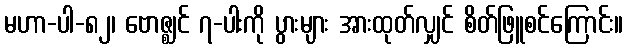
မဟာ-ပါ-၈၂၊ ဗောဇ္ဈင် ၇-ပါးကို ပွားများ အားထုတ်လျှင် စိတ်ဖြူစင်ကြောင်း။